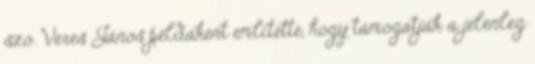
szó. Veres János példaként említette, hogy támogatják a jelenleg